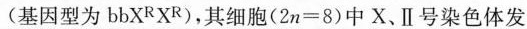
（基因型为bbX^RX^R）,其细胞（2n=8）中X、II号染色体发